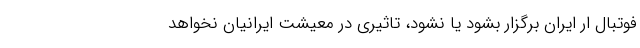
فوتبال ار ایران برگزار بشود یا نشود، تاثیری در معیشت ایرانیان نخواهد